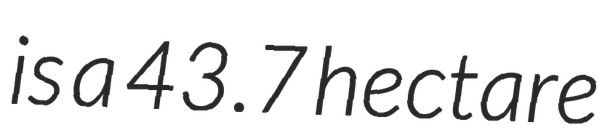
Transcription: is a 43.7 hectare